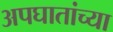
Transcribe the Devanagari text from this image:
अपघातांच्या